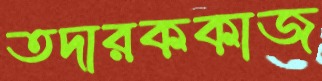
তদারককাজ